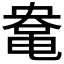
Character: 𱌀